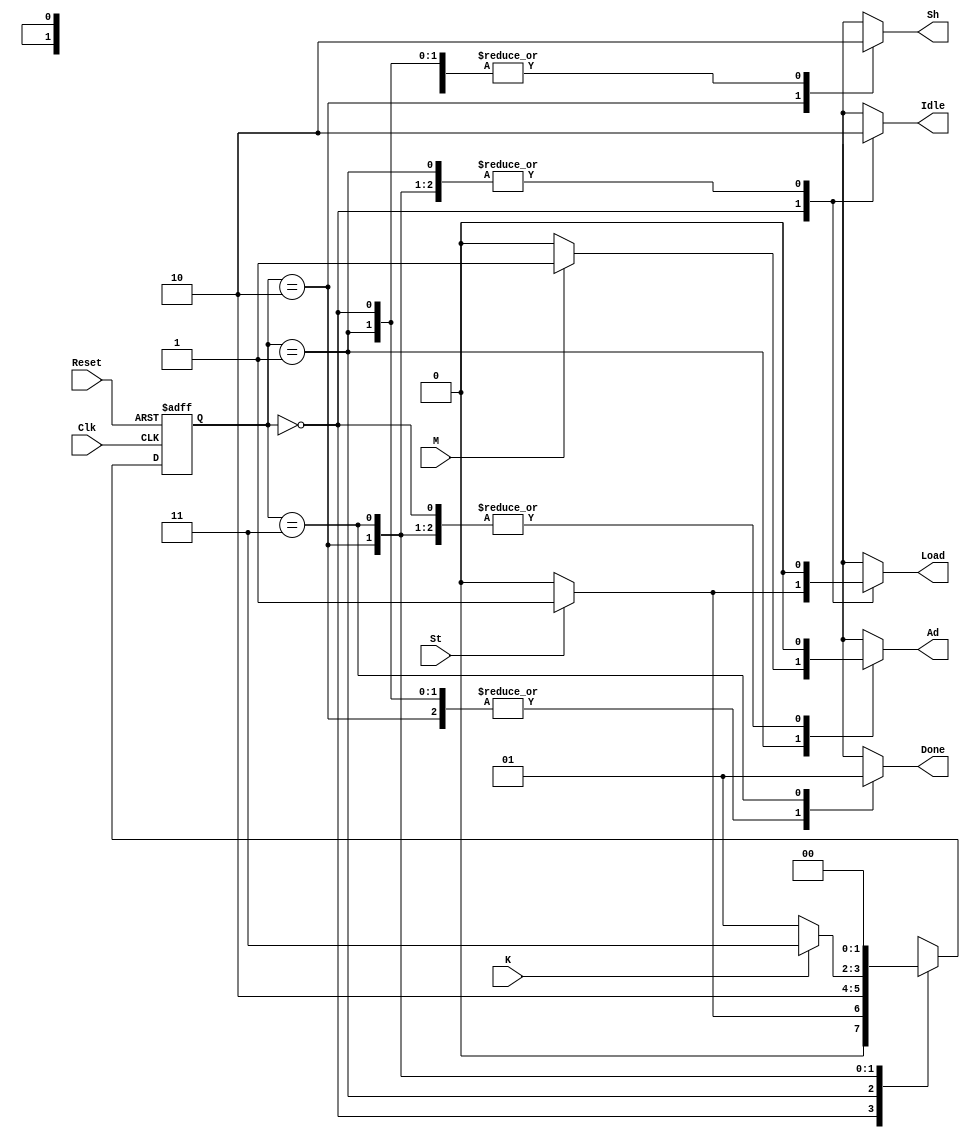
module CONTROL(Clk, K, Load, Sh, Ad, St, M, Idle, Done, Reset);
	input Clk, K, St, M, Reset;
	output reg Idle, Sh, Done, Load, Ad;

	// Declare state register
	reg		[1:0]state;

	// Declare states
	parameter S0 = 0, S1 = 1, S2 = 2, S3 = 3;

	// Output depends only on the state
	always @ (state or St or M) begin
		case (state)
			S0: begin
				Idle = 1; Load =0; Sh=0; Ad=0; Done=0;
				if (St) Load = 1;
			end
			S1:begin
				Idle = 0; Load =0; Sh=0; Ad=0; Done=0;
				if(M) Ad=1;
			end
			S2:begin
				Idle = 0; Load =0; Sh=1; Ad=0; Done=0;
			end
			S3:begin
				Idle = 0; Load =0; Sh=0; Ad=0; Done=1;
			end
			default:begin
				Idle = 0; Load =0; Sh=0; Ad=0; Done=0;
			end
		endcase
	end

	// Determine the next state
	always @ (posedge Clk or posedge Reset) begin
		if (Reset)
			state <= S0;
		else
			case (state)
				S0:
					if(St) state <= S1;
					else state <= S0;
				S1:
					state <= S2;
				S2:
					if (K)
						state <= S3;
					else
						state <= S1;
				S3:
					state <= S0;
			endcase
	end
	
endmodule